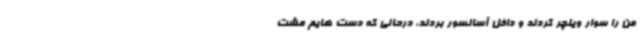
من را سوار ویلچر کردند و داخل آسانسور بردند، درحالی که دست هایم مشت